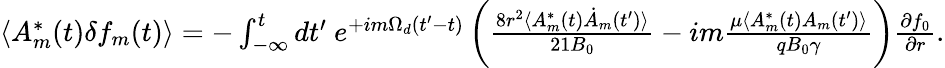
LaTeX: \begin{array}{r}{\langle A_{m}^{*}(t)\delta f_{m}(t)\rangle=-\int_{-\infty}^{t}dt^{\prime}\ e^{+im\Omega_{d}(t^{\prime}-t)}\left(\frac{8r^{2}\langle A_{m}^{*}(t)\dot{A}_{m}(t^{\prime})\rangle}{21B_{0}}-im\frac{\mu\langle A_{m}^{*}(t)A_{m}(t^{\prime})\rangle}{qB_{0}\gamma}\right)\frac{\partial f_{0}}{\partial r}.}\end{array}